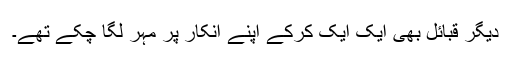
دیگر قبائل بھی ایک ایک کرکے اپنے انکار پر مہر لگا چکے تھے۔